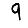
Digit: 9